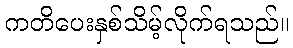
ကတိပေးနှစ်သိမ့်လိုက်ရသည်။